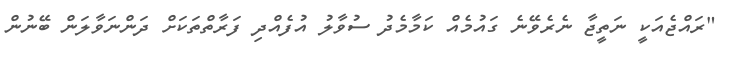
"ރައްޖެއަކީ ނަތީޖާ ނެރެވޭނެ ގައުމެއް ކަމާމެދު ސުވާލު އުފެއްދި ފަރާތްތަކަށް ދަންނަވާލަން ބޭނުން